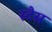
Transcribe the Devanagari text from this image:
स्टैस